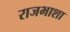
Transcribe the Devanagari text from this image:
राजभाशा